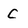
Character: C